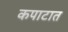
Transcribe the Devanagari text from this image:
कपाटात